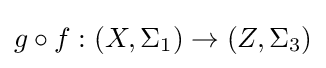
g\circ f:(X,\Sigma _{1})\to (Z,\Sigma _{3})